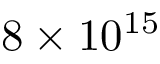
8 \times 1 0 ^ { 1 5 }